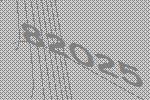
82025